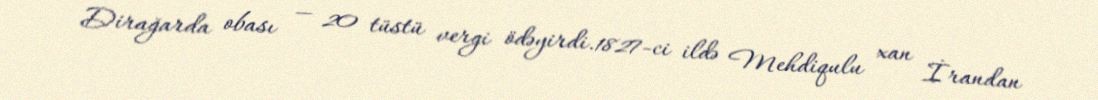
Dirağarda obası — 20 tüstü vergi ödəyirdi.1827-ci ildə Mehdiqulu xan İrandan